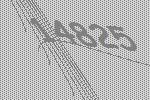
14825